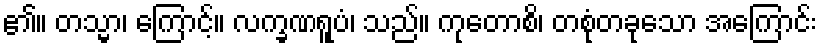
၏။ တသ္မာ၊ ကြောင့်။ လက္ခဏရူပံ၊ သည်။ ကုတောစိ၊ တစုံတခုသော အကြောင်း